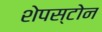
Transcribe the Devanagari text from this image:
शेपस्टोन